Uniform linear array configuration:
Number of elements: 64
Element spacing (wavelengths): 0.75
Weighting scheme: exponential
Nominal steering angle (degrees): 30
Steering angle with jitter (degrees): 28.356
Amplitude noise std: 0.05
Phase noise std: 0.05

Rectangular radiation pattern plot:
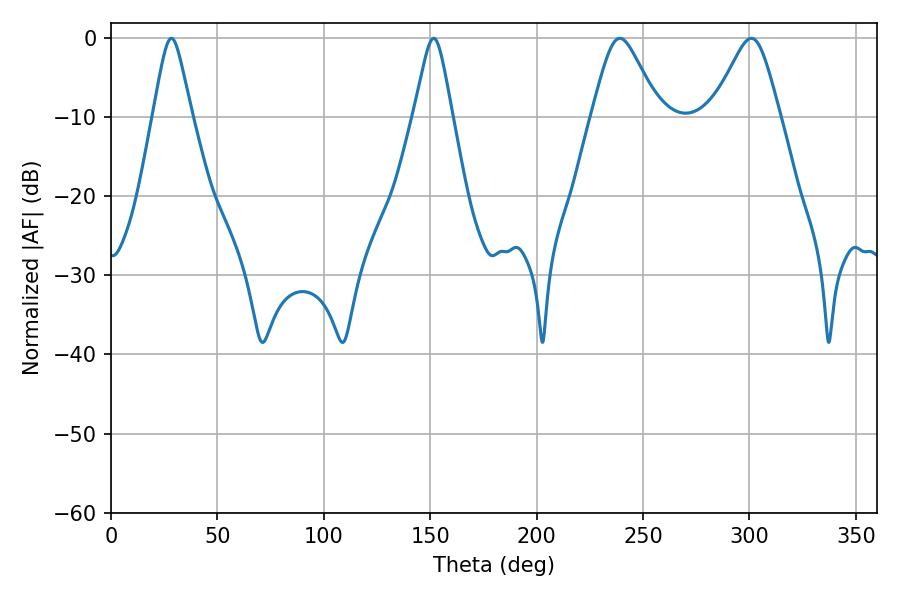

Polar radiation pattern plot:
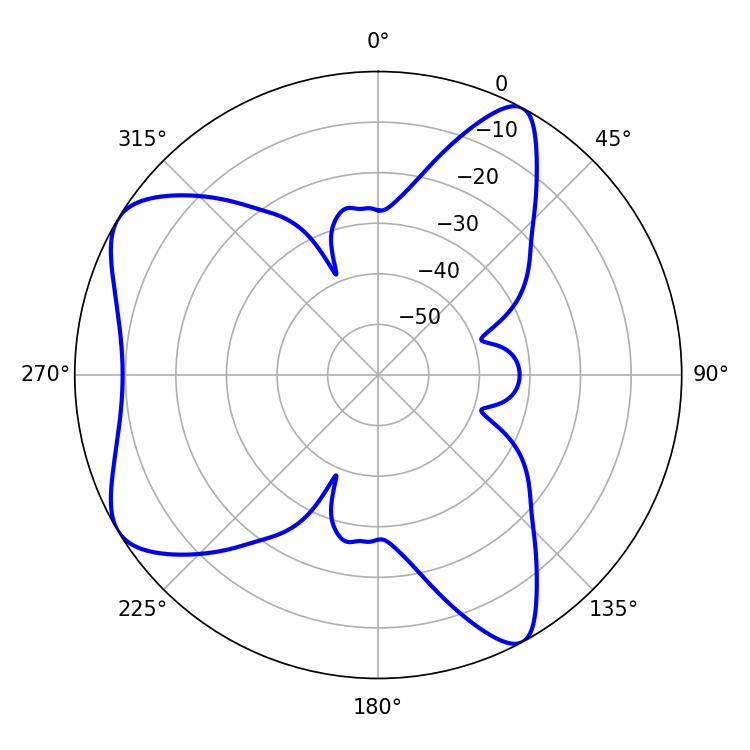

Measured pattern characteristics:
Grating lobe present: TRUE
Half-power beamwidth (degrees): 15.12
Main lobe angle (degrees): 239.04